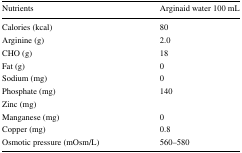
<table><thead><tr><td><b>Nutrients</b></td><td><b>Arginaid water 100 mL</b></td></tr></thead><tbody><tr><td>Calories (kcal)</td><td>80</td></tr><tr><td>Arginine (g)</td><td>2.0</td></tr><tr><td>CHO (g)</td><td>18</td></tr><tr><td>Fat (g)</td><td>0</td></tr><tr><td>Sodium (mg)</td><td>0</td></tr><tr><td>Phosphate (mg)</td><td>140</td></tr><tr><td>Zinc (mg)</td><td></td></tr><tr><td>Manganese (mg)</td><td>0</td></tr><tr><td>Copper (mg)</td><td>0.8</td></tr><tr><td>Osmotic pressure (mOsm/L)</td><td>560–580</td></tr></tbody></table>